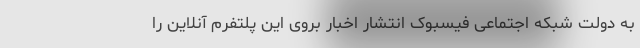
به دولت شبکه اجتماعی فیسبوک انتشار اخبار بروی این پلتفرم آنلاین را